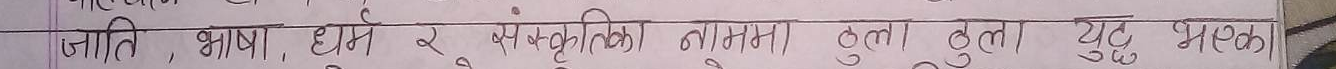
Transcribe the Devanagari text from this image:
जाति, भाषा, धर्म र संस्कृतिको नाममा ठुला ठुला युद्ध भएको।